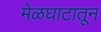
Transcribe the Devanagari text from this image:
मेळघाटातून